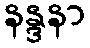
နန္ဒနာ